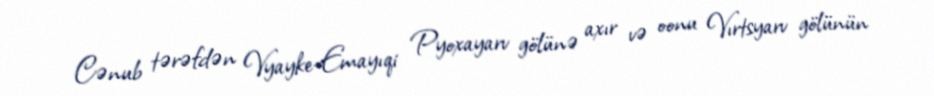
Cənub tərəfdən Vyayke-Emayıqi Pyoxayarv gölünə axır və oonu Vırtsyarv gölünün